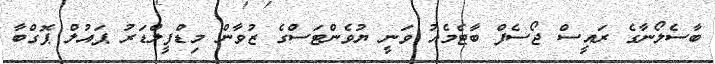
ބާސެލޯނާގެ ރައީސް ޖޯސެފް ބާޓެމެއު ވަނީ ޔުވެންޓަސްގެ ޒުވާން މިޑްފީލްޑަރު ޕައުލް ޕޮގްބާ